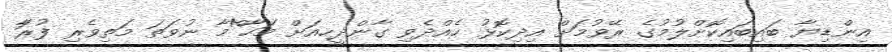
އިންޑިޔާ ބައިބައިކޮށްލުމުގެ ރޭވުމަށް އިދިކޮޅު ހެއްދެވި ގާންދީީހއަށް މަހާ^ްމާ ނުވަތަ މަތިވެރި ފުރާަ